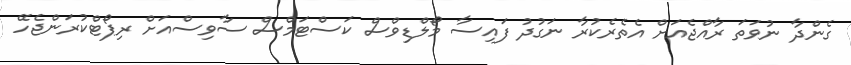
ގެންދާ ނުވަތަ ރާއްޖެއަށް އެތެރެކުރާ ނަގުދު ފައިސާ މޯލްޑިވްސް ކަސްޓަމްސް ސާވިސްއަށް ރިޕޯޓްކުރަންޖެހޭ